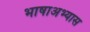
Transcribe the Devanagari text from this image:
भाषाअभ्यास